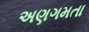
અણગમતા